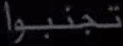
تجنبوا